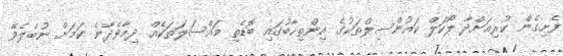
ފެށިގެން ކުރިއަށްދާ ލޯކަލް ކައުންސިލްތަކުގެ އިންތިހާބުގައި ބޮޑެތި މައްސަލަތަކެއް ދިމާވެދާނެ ކަމަށް ނުބެލެވޭ